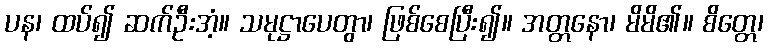
ပန၊ ထပ်၍ ဆက်ဦးအံ့။ သမုဋ္ဌာပေတွာ၊ ဖြစ်စေပြီး၍။ အတ္တနော၊ မိမိ၏။ စိတ္တေ၊